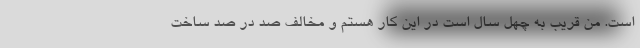
است. من قریب به چهل سال است در این کار هستم و مخالف صد در صد ساخت